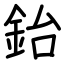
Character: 鈶